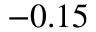
- 0 . 1 5